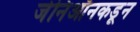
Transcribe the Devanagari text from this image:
जेनिऑनकडून